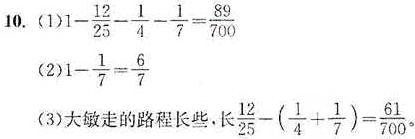
10. (1)$1 - \frac{12}{25} - \frac{1}{4} - \frac{1}{7} = \frac{89}{700}$
(2)$1 - \frac{1}{7} = \frac{6}{7}$
(3)大敏走的路程长些，长$\frac{12}{25} - (\frac{1}{4} + \frac{1}{7}) = \frac{61}{700}$。